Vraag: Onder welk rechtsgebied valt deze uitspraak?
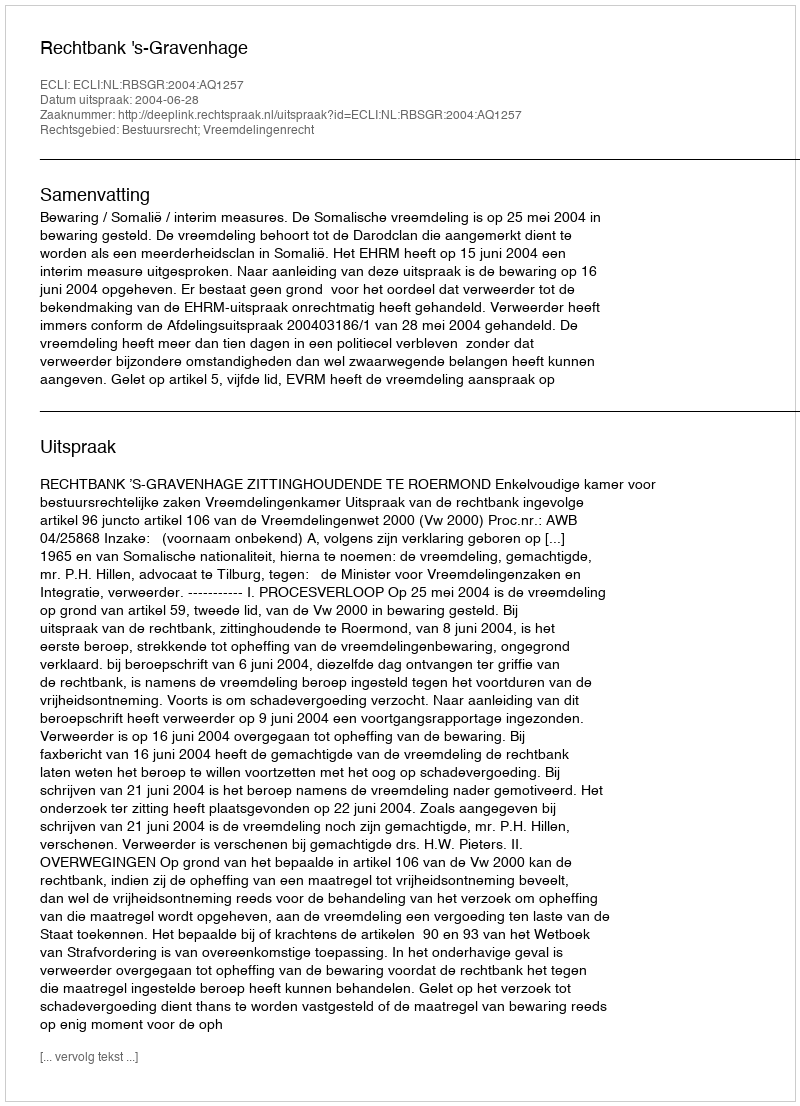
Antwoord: Bestuursrecht; Vreemdelingenrecht